Indian journal of veterinary science and animal husbandry - Volume 5,
Year: 1935
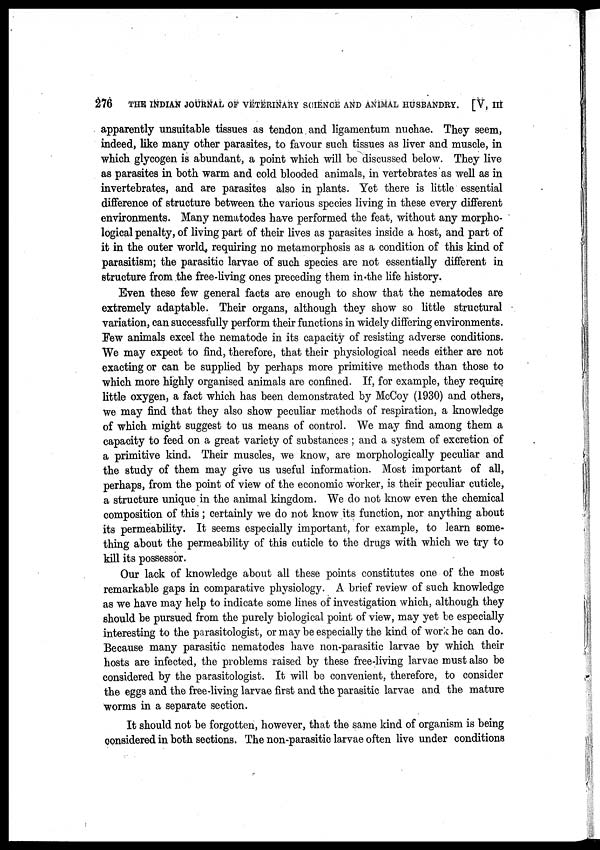
276
THE INDIAN JOURNAL OF VETERINARY SCIENCE AND ANIMAL HUSBANDRY. [V, III
apparently unsuitable tissues as tendon and ligamentum nuchae. They seem,
indeed, like many other parasites, to favour such tissues as liver and muscle, in
which glycogen is abundant, a point which will be discussed below. They live
as parasites in both warm and cold blooded animals, in vertebrates as well as in
invertebrates, and are parasites also in plants. Yet there is little essential
difference of structure between the various species living in these every different
environments. Many nematodes have performed the feat, without any morpho-
logical penalty, of living part of their lives as parasites inside a host, and part of
it in the outer world, requiring no metamorphosis as a condition of this kind of
parasitism; the parasitic larvae of such species are not essentially different in
structure from the free-living ones preceding them in the life history.
Even these few general facts are enough to show that the nematodes are
extremely adaptable. Their organs, although they show so little structural
variation, can successfully perform their functions in widely differing environments.
Few animals excel the nematode in its capacity of resisting adverse conditions.
We may expect to find, therefore, that their physiological needs either are not
exacting or can be supplied by perhaps more primitive methods than those to
which more highly organised animals are confined. If, for example, they require
little oxygen, a fact which has been demonstrated by McCoy (1930) and others,
we may find that they also show peculiar methods of respiration, a knowledge
of which might suggest to us means of control. We may find among them a
capacity to feed on a great variety of substances ; and a system of excretion of
a primitive kind. Their muscles, we know, are morphologically peculiar and
the study of them may give us useful information. Most important of all,
perhaps, from the point of view of the economic worker, is their peculiar cuticle,
a structure unique in the animal kingdom. We do not know even the chemical
composition of this; certainly we do not know its function, nor anything about
its permeability. It seems especially important, for example, to learn some-
thing about the permeability of this cuticle to the drugs with which we try to
kill its possessor.
Our lack of knowledge about all these points constitutes one of the most
remarkable gaps in comparative physiology. A brief review of such knowledge
as we have may help to indicate some lines of investigation which, although they
should be pursued from the purely biological point of view, may yet be especially
interesting to the parasitologist, or may be especially the kind of work he can do.
Because many parasitic nematodes have non-parasitic larvae by which their
hosts are infected, the problems raised by these free-living larvae must also be
considered by the parasitologist. It will be convenient, therefore, to consider
the eggs and the free-living larvae first and the parasitic larvae and the mature
worms in a separate section.
It should not be forgotten, however, that the same kind of organism is being
considered in both sections. The non-parasitic larvae often live under conditions